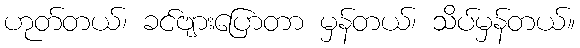
ဟုတ်တယ်၊ ခင်ဗျားပြောတာ မှန်တယ်၊ သိပ်မှန်တယ်။